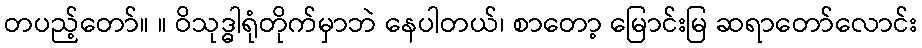
တပည့်တော်။ ။ ဝိသုဒ္ဓါရုံတိုက်မှာဘဲ နေပါတယ်၊ စာတော့ မြောင်းမြ ဆရာတော်လောင်း